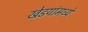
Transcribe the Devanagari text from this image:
खेडयांमध्ये